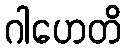
ဂါဟေတိ